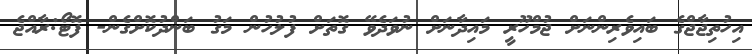
އިހުތިޖާޖްގެ ބައިވެރިންނަށް ޖުމްހޫރީ މައިދާނަށް ނުވަދެވޭ ގޮތަށް ފުލުހުން މަގު ބަންދުކޮށްގެން- ފޮޓޯ:ރާއްޖެ